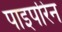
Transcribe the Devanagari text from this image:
पाइपरिन